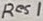
Text: Res1